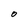
Character: o